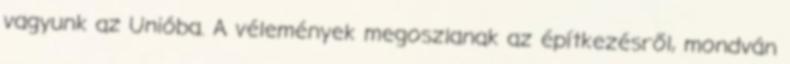
vagyunk az Unióba. A vélemények megoszlanak az építkezésről, mondván